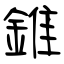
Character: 錐